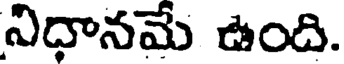
నిధానమే ఉంది.